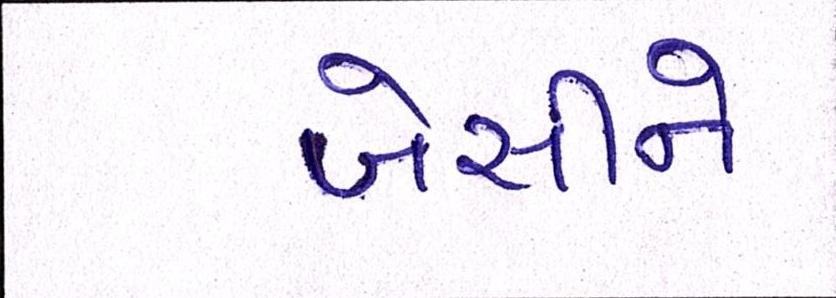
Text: બેસીને